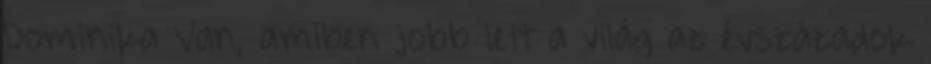
Dominika Van, amiben jobb lett a világ az évszázadok